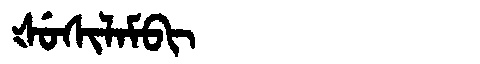
Manchu: ᡧᡠᠰᡳᠯᠠᠮᠪᡳ
Romanization: ŠUSILAMBI